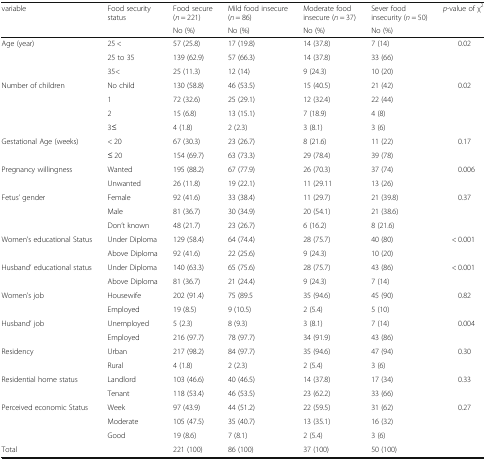
<table><thead><tr><td rowspan="2"><b>variable</b></td><td rowspan="2"><b>Food security status</b></td><td><b>Food secure (<i>n</i> = 221)</b></td><td><b>Mild food insecure (<i>n</i> = 86)</b></td><td><b>Moderate food insecure (<i>n</i> = 37)</b></td><td><b>Sever food insecurity (<i>n</i> = 50)</b></td><td rowspan="2"><b><i>p</i>-value of χ<sup>2</sup></b></td></tr><tr><td><b>No (%)</b></td><td><b>No (%)</b></td><td><b>No (%)</b></td><td><b>No (%)</b></td></tr></thead><tbody><tr><td rowspan="3">Age (year)</td><td>25 &lt;</td><td>57 (25.8)</td><td>17 (19.8)</td><td>14 (37.8)</td><td>7 (14)</td><td rowspan="3">0.02</td></tr><tr><td>25 to 35</td><td>139 (62.9)</td><td>57 (66.3)</td><td>14 (37.8)</td><td>33 (66)</td></tr><tr><td>35&lt;</td><td>25 (11.3)</td><td>12 (14)</td><td>9 (24.3)</td><td>10 (20)</td></tr><tr><td rowspan="4">Number of children</td><td>No child</td><td>130 (58.8)</td><td>46 (53.5)</td><td>15 (40.5)</td><td>21 (42)</td><td rowspan="4">0.02</td></tr><tr><td>1</td><td>72 (32.6)</td><td>25 (29.1)</td><td>12 (32.4)</td><td>22 (44)</td></tr><tr><td>2</td><td>15 (6.8)</td><td>13 (15.1)</td><td>7 (18.9)</td><td>4 (8)</td></tr><tr><td>3≤</td><td>4 (1.8)</td><td>2 (2.3)</td><td>3 (8.1)</td><td>3 (6)</td></tr><tr><td rowspan="2">Gestational Age (weeks)</td><td>&lt; 20</td><td>67 (30.3)</td><td>23 (26.7)</td><td>8 (21.6)</td><td>11 (22)</td><td rowspan="2">0.17</td></tr><tr><td>≤ 20</td><td>154 (69.7)</td><td>63 (73.3)</td><td>29 (78.4)</td><td>39 (78)</td></tr><tr><td rowspan="2">Pregnancy willingness</td><td>Wanted</td><td>195 (88.2)</td><td>67 (77.9)</td><td>26 (70.3)</td><td>37 (74)</td><td rowspan="2">0.006</td></tr><tr><td>Unwanted</td><td>26 (11.8)</td><td>19 (22.1)</td><td>11 (29.11</td><td>13 (26)</td></tr><tr><td rowspan="3">Fetus’ gender</td><td>Female</td><td>92 (41.6)</td><td>33 (38.4)</td><td>11 (29.7)</td><td>21 (39.8)</td><td rowspan="3">0.37</td></tr><tr><td>Male</td><td>81 (36.7)</td><td>30 (34.9)</td><td>20 (54.1)</td><td>21 (38.6)</td></tr><tr><td>Don’t known</td><td>48 (21.7)</td><td>23 (26.7)</td><td>6 (16.2)</td><td>8 (21.6)</td></tr><tr><td rowspan="2">Women’s educational Status</td><td>Under Diploma</td><td>129 (58.4)</td><td>64 (74.4)</td><td>28 (75.7)</td><td>40 (80)</td><td rowspan="2">&lt; 0.001</td></tr><tr><td>Above Diploma</td><td>92 (41.6)</td><td>22 (25.6)</td><td>9 (24.3)</td><td>10 (20)</td></tr><tr><td rowspan="2">Husband’ educational status</td><td>Under Diploma</td><td>140 (63.3)</td><td>65 (75.6)</td><td>28 (75.7)</td><td>43 (86)</td><td rowspan="2">&lt; 0.001</td></tr><tr><td>Above Diploma</td><td>81 (36.7)</td><td>21 (24.4)</td><td>9 (24.3)</td><td>7 (14)</td></tr><tr><td rowspan="2">Women’s job</td><td>Housewife</td><td>202 (91.4)</td><td>75 (89.5</td><td>35 (94.6)</td><td>45 (90)</td><td rowspan="2">0.82</td></tr><tr><td>Employed</td><td>19 (8.5)</td><td>9 (10.5)</td><td>2 (5.4)</td><td>5 (10)</td></tr><tr><td rowspan="2">Husband’ job</td><td>Unemployed</td><td>5 (2.3)</td><td>8 (9.3)</td><td>3 (8.1)</td><td>7 (14)</td><td rowspan="2">0.004</td></tr><tr><td>Employed</td><td>216 (97.7)</td><td>78 (97.7)</td><td>34 (91.9)</td><td>43 (86)</td></tr><tr><td rowspan="2">Residency</td><td>Urban</td><td>217 (98.2)</td><td>84 (97.7)</td><td>35 (94.6)</td><td>47 (94)</td><td rowspan="2">0.30</td></tr><tr><td>Rural</td><td>4 (1.8)</td><td>2 (2.3)</td><td>2 (5.4)</td><td>3 (6)</td></tr><tr><td rowspan="2">Residential home status</td><td>Landlord</td><td>103 (46.6)</td><td>40 (46.5)</td><td>14 (37.8)</td><td>17 (34)</td><td rowspan="2">0.33</td></tr><tr><td>Tenant</td><td>118 (53.4)</td><td>46 (53.5)</td><td>23 (62.2)</td><td>33 (66)</td></tr><tr><td rowspan="3">Perceived economic Status</td><td>Week</td><td>97 (43.9)</td><td>44 (51.2)</td><td>22 (59.5)</td><td>31 (62)</td><td rowspan="3">0.27</td></tr><tr><td>Moderate</td><td>105 (47.5)</td><td>35 (40.7)</td><td>13 (35.1)</td><td>16 (32)</td></tr><tr><td>Good</td><td>19 (8.6)</td><td>7 (8.1)</td><td>2 (5.4)</td><td>3 (6)</td></tr><tr><td colspan="2">Total</td><td>221 (100)</td><td>86 (100)</td><td>37 (100)</td><td>50 (100)</td><td></td></tr></tbody></table>